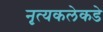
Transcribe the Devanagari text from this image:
नृत्यकलेकडे